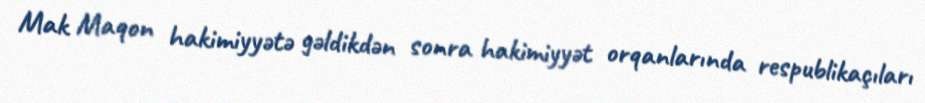
Mak Maqon hakimiyyətə gəldikdən sonra hakimiyyət orqanlarında respublikaçıları